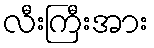
လီးကြီးအား